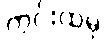
ကွင်းထဲမှ